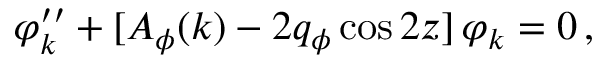
\varphi _ { k } ^ { \prime \prime } + [ A _ { \phi } ( k ) - 2 q _ { \phi } \cos 2 z ] \, \varphi _ { k } = 0 \, ,